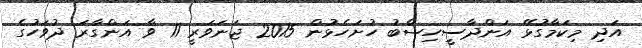
އަދި މިކަމާގުޅޭ އަންދާސީހިސާބު ހުށަހެޅުން 2015 ޖަނަވަރީ 11 ވާ އަންގާރަ ދުވަހުގެ